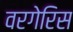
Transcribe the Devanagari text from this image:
वरगेरिस